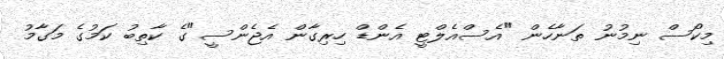
މިކޯސް ނިމުނު ތަނާހެން "އެސްއެލްޓީ އެންޑް ހިރިގާން އެޖެންސީ"ގެ ކާތިބު ކަމުގެ މަގާމު